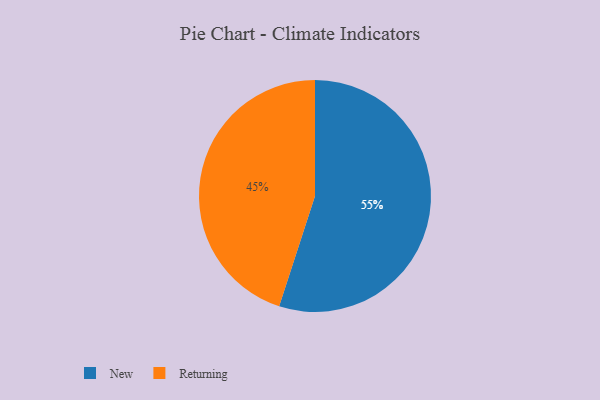
{"axis": {"x": "Category", "y": "Percentage"}, "legend": ["New", "Returning"], "data": [{"x": "New", "y": 55, "type": "New"}, {"x": "Returning", "y": 45, "type": "Returning"}]}